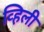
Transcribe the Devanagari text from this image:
व्हिली